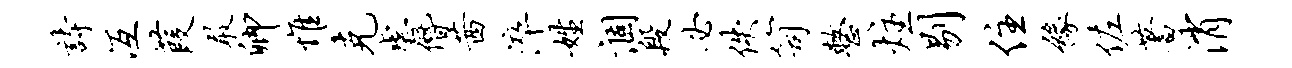
诗冱葭敢卿惟克虐僭茜淬姓涸段必佚笥整炷剔住缘佐蓍消